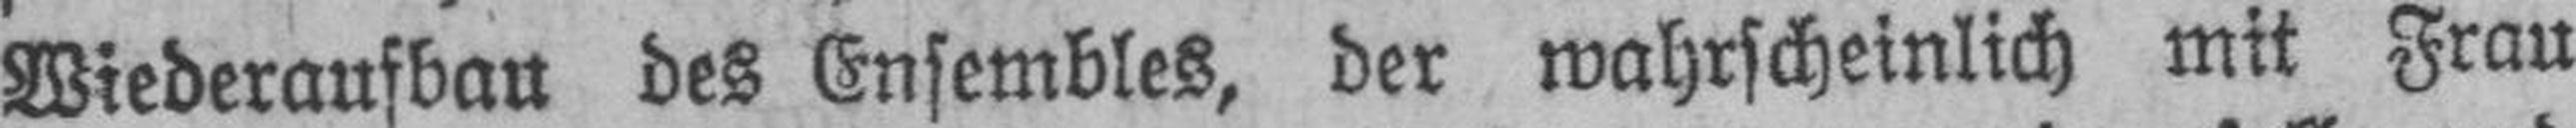
Wiederaufbau des Ensembles, der wahrscheinlich mit Frau